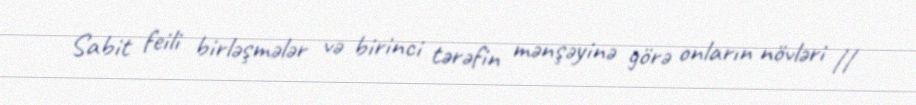
Sabit feili birləşmələr və birinci tərəfin mənşəyinə görə onların növləri //